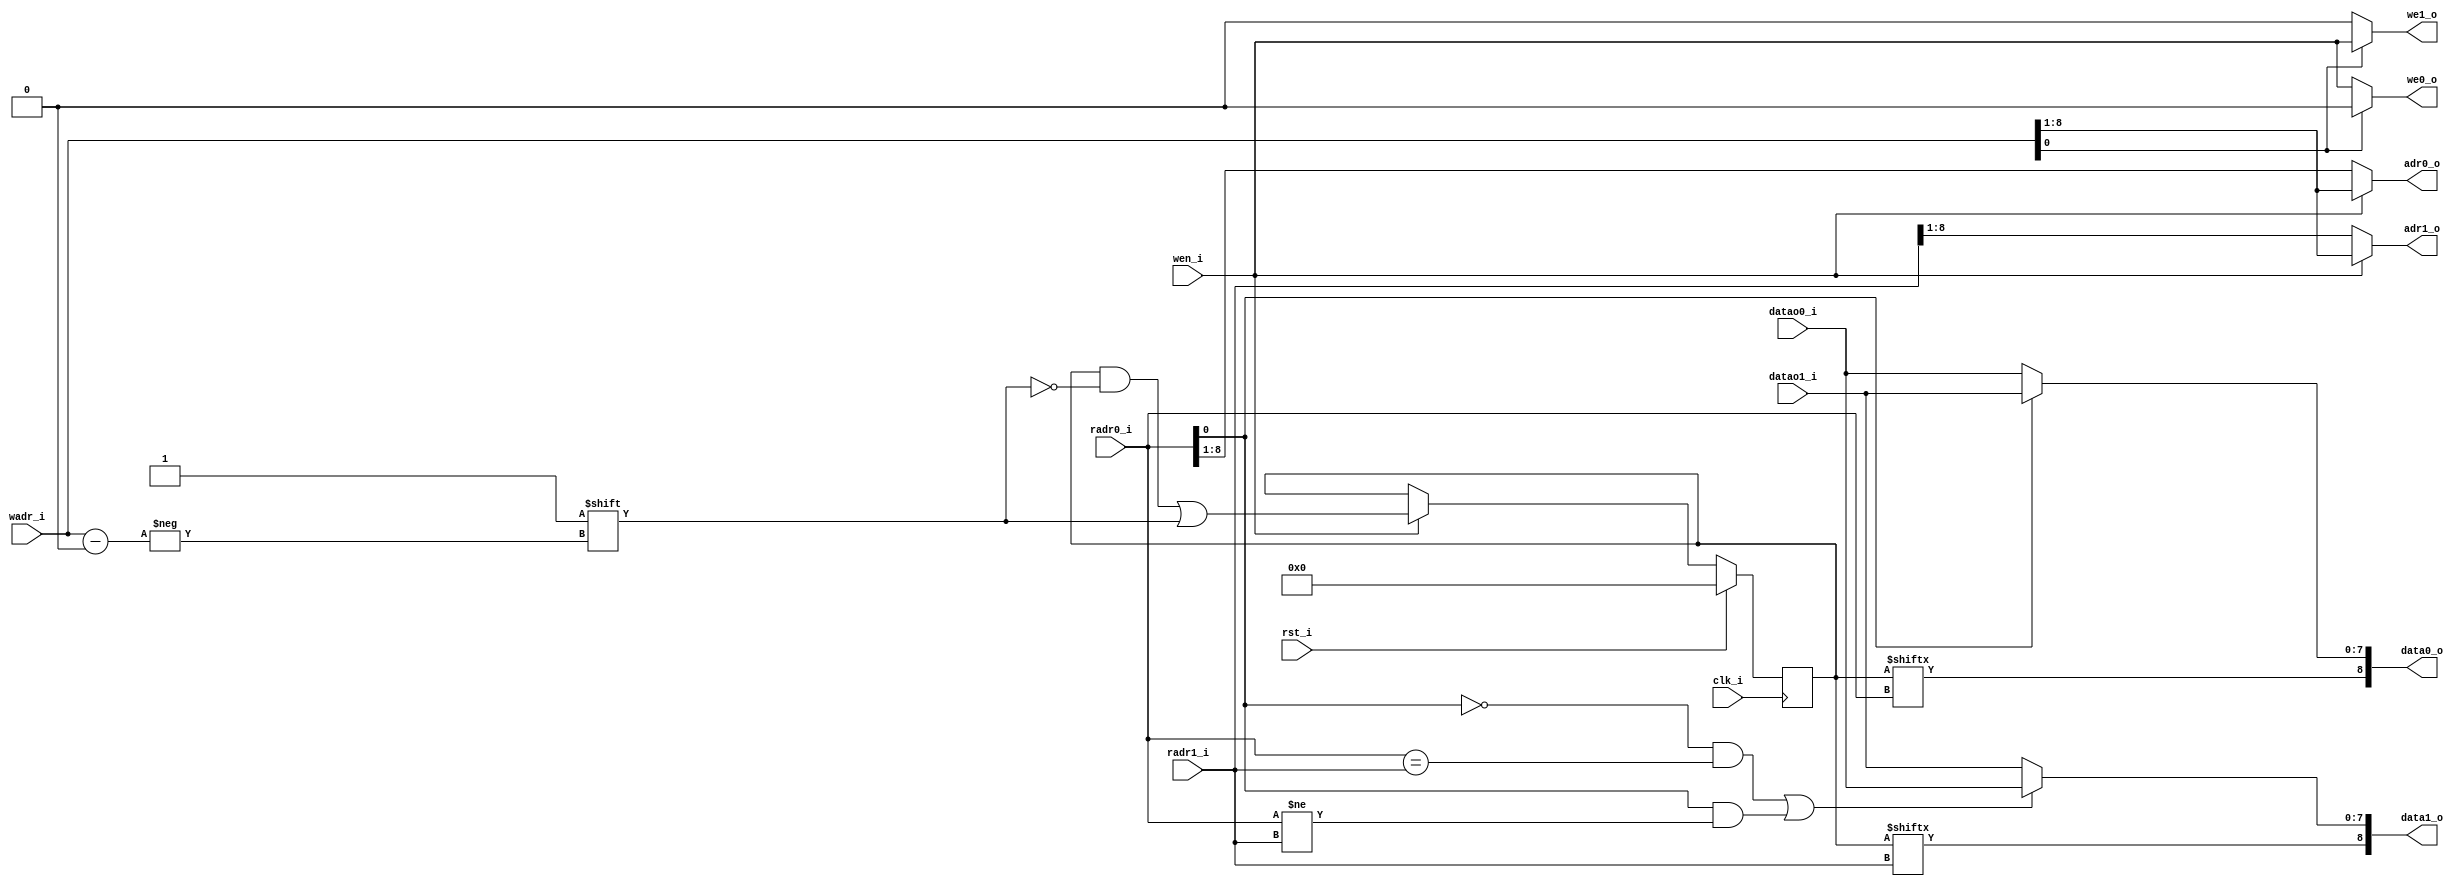
module tag_denetleyici (
   input wire clk_i,
   input wire rst_i,
   // Port 0: W
   input wire       wen_i,
   input wire [8:0] wadr_i,
   // Port 0: R
   output wire [8:0] data0_o,
   input  wire [8:0] radr0_i,
   // Port 1: R
   output wire [8:0] data1_o,
   input  wire [8:0] radr1_i,
   // RAM256_T0
   output wire       we0_o,
   output wire [7:0] adr0_o,
   input  wire [7:0] datao0_i,
   // RAM256_T1
   output wire       we1_o,
   output wire [7:0] adr1_o,
   input  wire [7:0] datao1_i
);
   reg [511:0] RAM;
   
   wire [7:0] tage;
   wire [7:0] tago;
   
   wire [7:0] tag_addre = wen_i ? wadr_i[8:1] : radr0_i[8:1];
   wire [7:0] tag_addro = wen_i ? wadr_i[8:1] : radr1_i[8:1];
   
   always @(posedge clk_i) begin
       if(rst_i)
           RAM <= 0;
       else
           if(wen_i) RAM[wadr_i] <= 1'b1;
   end
   
   // Gerekli kosullar matematiksel olarak bulunmus olup gerekli ispat en altta gosterilmistir.
   wire [7:0] tag0 = (~radr0_i[0]) ? tage : tago;
   wire [7:0] tag1 = (((~radr0_i[0]) & (radr0_i == radr1_i)) || (( radr0_i[0]) & (radr0_i != radr1_i))) ? tage : tago;
   
   assign data0_o = {RAM[radr0_i],tag0};
   assign data1_o = {RAM[radr1_i],tag1};
   
   
   wire wee = ~wadr_i[0] ? wen_i : 1'b0;
   wire weo =  wadr_i[0] ? wen_i : 1'b0;
   
   // even
   assign we0_o    = wee;
   assign adr0_o   = tag_addre;
   assign tage     = datao0_i;
   
   // odd
   assign we1_o    = weo;
   assign adr1_o   = tag_addro;
   assign tago     = datao1_i;

endmodule